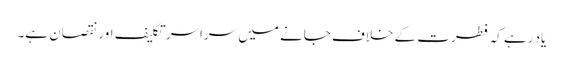
یاد رہے کہ فطرت کے خلاف جانے میں سراسر تکلیف اور نقصان ہے۔